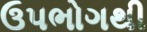
ઉપભોગથી